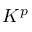
K ^ { p }